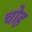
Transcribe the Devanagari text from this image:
चोह